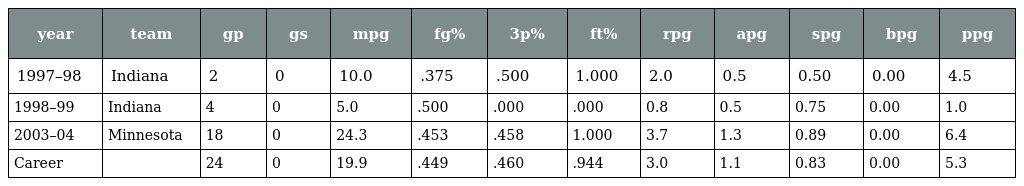
| year | team | gp | gs | mpg | fg% | 3p% | ft% | rpg | apg | spg | bpg | ppg |
 | --- | --- | --- | --- | --- | --- | --- | --- | --- | --- | --- | --- | --- |
 | 1997–98 | Indiana | 2 | 0 | 10.0 | .375 | .500 | 1.000 | 2.0 | 0.5 | 0.50 | 0.00 | 4.5 |
 | 1998–99 | Indiana | 4 | 0 | 5.0 | .500 | .000 | .000 | 0.8 | 0.5 | 0.75 | 0.00 | 1.0 |
 | 2003–04 | Minnesota | 18 | 0 | 24.3 | .453 | .458 | 1.000 | 3.7 | 1.3 | 0.89 | 0.00 | 6.4 |
 | Career |  | 24 | 0 | 19.9 | .449 | .460 | .944 | 3.0 | 1.1 | 0.83 | 0.00 | 5.3 |